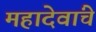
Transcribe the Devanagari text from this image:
महादेवांचे